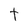
Character: t